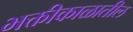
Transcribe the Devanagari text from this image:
भक्तीकाळातील